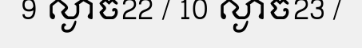
9 ល្ងាច22 / 10 ល្ងាច23 /